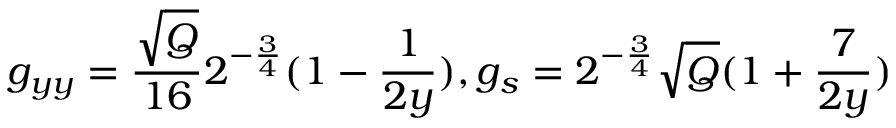
g _ { y y } = \frac { \sqrt { Q } } { 1 6 } 2 ^ { - \frac { 3 } { 4 } } ( 1 - \frac { 1 } { 2 y } ) , g _ { s } = 2 ^ { - \frac { 3 } { 4 } } \sqrt { Q } ( 1 + \frac { 7 } { 2 y } )